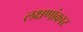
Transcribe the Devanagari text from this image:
लक्षणांकार